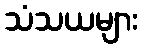
သံသယများ